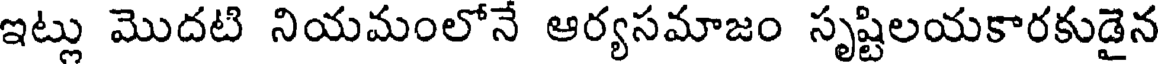
ఇట్లు మొదటి నియమంలోనే ఆర్యసమాజం సృష్టిలయకారకుడైన